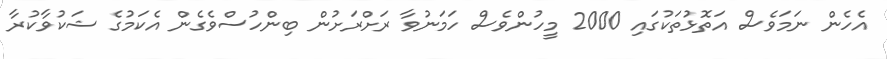
އެހެން ނަމަވެސް އަތޮޅުތަކުގައި 2000 މީހުންވެސް ހަމަނުވާ ރަށްރަށުން ބިންހުސްވެގެން އެކަމުގެ ޝަކުވާކުރާ